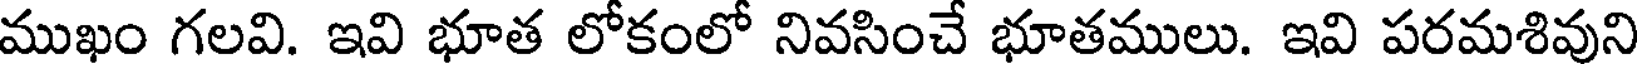
ముఖం గలవి. ఇవి భూత లోకంలో నివసించే భూతములు. ఇవి పరమశివుని